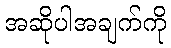
အဆိုပါအချက်ကို